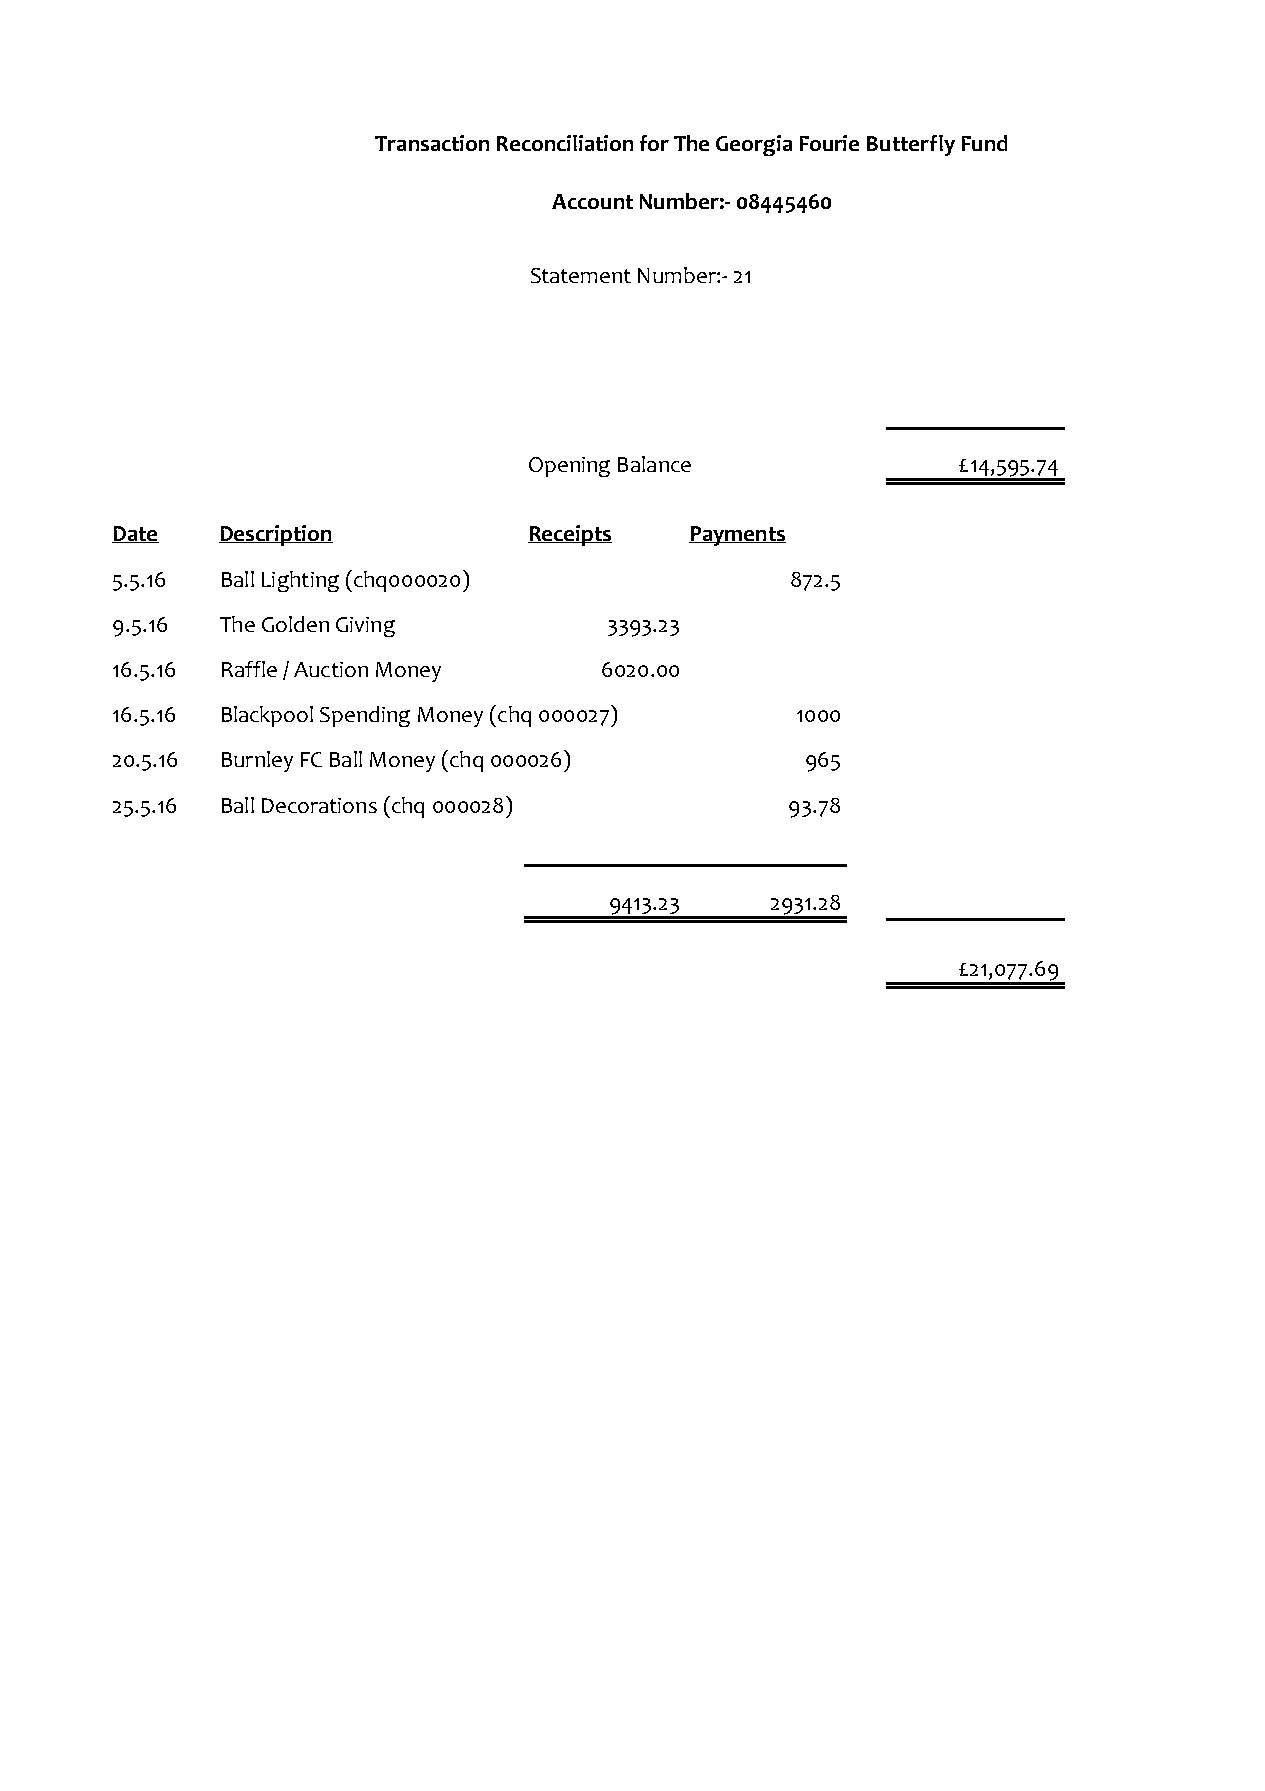
Transaction Reconciliation for The Georgia Fourie Butterfly Fund
 Account Number:- 08445460
 Statement Number:- 21
 Opening Balance              £14,595.74
 Date    Description         Receipts   Payments
 5.5.16  Ball Lighting (chq000020)            872.5
 9.5.16  The Golden Giving        3393.23
 16.5.16 Raffle / Auction Money   6020.00
 16.5.16 Blackpool Spending Money (chq 000027) 1000
 20.5.16 Burnley FC Ball Money (chq 000026)    965
 25.5.16 Ball Decorations (chq 000028)        93.78
 9413.23    2931.28
 £21,077.69